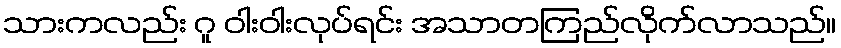
သားကလည်း ဂူ ဝါးဝါးလုပ်ရင်း အသာတကြည်လိုက်လာသည်။